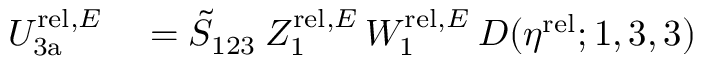
\begin{array} { r l } { U _ { \mathrm { 3 a } } ^ { \mathrm { r e l } , E } } & { { } = \tilde { S } _ { 1 2 3 } \: Z _ { 1 } ^ { \mathrm { r e l } , E } \, W _ { 1 } ^ { \mathrm { r e l } , E } \: D ( \eta ^ { \mathrm { r e l } } ; 1 , 3 , 3 ) } \end{array}